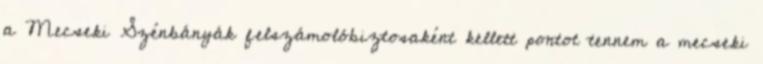
a Mecseki Szénbányák felszámolóbiztosaként kellett pontot tennem a mecseki